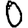
Digit: 0